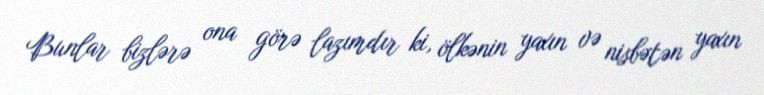
Bunlar bizlərə ona görə lazımdır ki, ölkənin yaxın və nisbətən yaxın